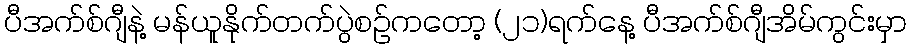
ပီအက်စ်ဂျီနဲ့ မန်ယူနိုက်တက်ပွဲစဉ်ကတော့ (၂၁)ရက်နေ့ ပီအက်စ်ဂျီအိမ်ကွင်းမှာ